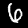
Label: 6